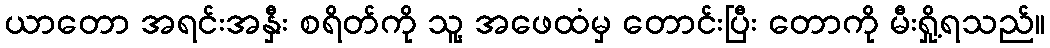
ယာတော အရင်းအနှီး စရိတ်ကို သူ့ အဖေထံမှ တောင်းပြီး တောကို မီးရှို့ရသည်။